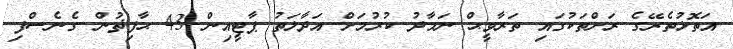
އަތޮޅުތެރޭގެ ރަށްތަކުގައި ތަރާވީޙް ނަމާދު ކުރުމަށް އަދާލަތު ޕާޓީއިން 43 ޙާފިޡުން ގެނެސްފި